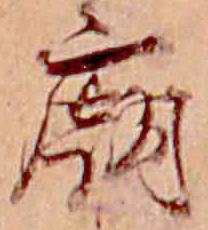
廟